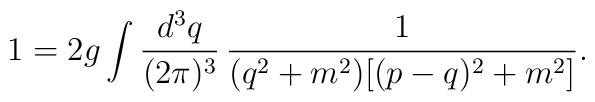
1=2g\int \frac{d^3q}{(2\pi)^3}\,\frac{1}{(q^2+m^2)[(p-q)^2+m^2]}.